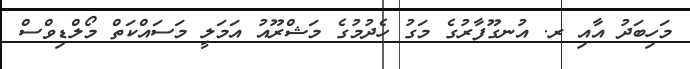
މަހިބަދު އާއި ރ. އުނގޫފާރުގެ މަގު ހެދުމުގެ މަޝްރޫއު އަމަލީ މަސައްކަތް މޯލްޑިވްސް